Materia medica of Madras volume I
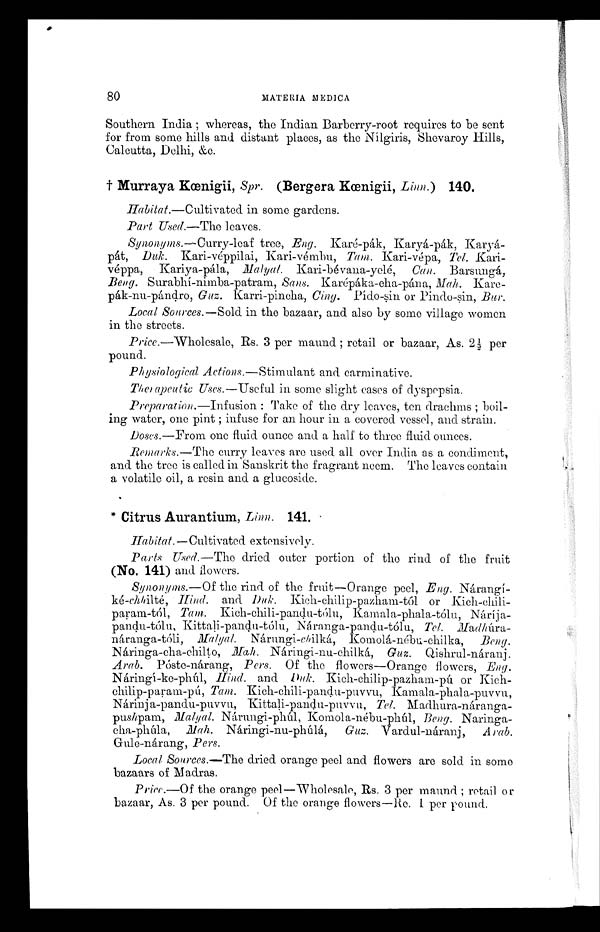
80
MATERIA MIEDICA
Southern India; whereas, the Indian Barberry-root requires to be sent
for from some hills and distant places, as the Nílgiris, Shevaroy
Hills, Calcutta, Delhi, &c.
† Murraya Kœnigii, Spr. (Bergera Kœnigii, Linn.) 140.
Habitat. —Cultivated in some gardens.
Part Used. —The leaves.
Synonyms .—Curry-leaf tree, Eng. Karé-pák, Karyá-pák, Karyá-
pát, Duk. Kari-véppilai, Kari-vémbu, Tam. Kari-vépa, Tel. Kari-
véppa, Kari ya-pál a,M a l y a l
. K a r i - b é v a n a - y e l é ,
C a n .
Barsungá,
Beng
. Surabhí-nimba-patram, Sans. Karépáka-cha-pána, Mah. Kare-
pák-nu-pándro, Guz. Karri-pincha, Cing. Pído-sin or Pindo-sin, Bur.
Local Sources. —Sold in the bazaar, and also by some village women
in the streets.
Price .—Wholesale, Rs. 3 per maund; retail or bazaar, As. 2½ per
pound.
Physiological Actions.—Stimulant and carminative.
Therapeutic Uses .—Useful in some slight cases of dyspepsia.
Preparation.—Infusion: Take of the dry leaves, ten drachms; boil-
ing water, one pint; infuse for an hour in a covered vessel, and strain.
Doses .—From one fluid ounce and a half to three fluid ounces.
Remarks. —The curry leaves are used all over India as a condiment,
and the tree is called in Sanskrit the fragrant neem. The leaves contain
a volatile oil, a resin and a glucoside.
* Citrus Aurantium, Linn. 141.
Habitat. —Cultivated extensively.
Parts Used. —The dried outer portion of the rind of the fruit
(No. 141) and flowers.
Synonyms. —Of the rind of the fruit—Orange peel, Eng. Nárangí-
ké-chh ilté, Hind. and Duk. Kich-chilip-pazham-tól or Kich-chili-
param-tól, Tam. Kich-chili-pandu-tólu, Kamala-phala-tólu, Náríja-
pandu-tólu, Kittali-pandu-tólu, Náranga-pandu-tólu, Tel. Madhúra-
náranga-tóli, Malyal. Nárungi- chilká, Komolá-nébu-chilka, Beng.
Náringa-cha-chilto, Mah. Náringi-nu-chilká, Guz. Qishrul-náranj.
Arab. Póste-nárang, Pers. Of the flowers—Orange flowers, Eng.
Náringí-ke-phúl, Hind. and Duk. Kich-chilip-pazham-pú or Kich-
chilip-param-pú, Tam. Kich-chili-pandu-puvvu, Kamala-phala-puvvu,
Nárinja-pandu-puvvu, Kittali-pandu-puvva, Tel. Madhura-náranga-
pushpam, Malyal. Nárungi-phúl, Komola-nébu-phúl, Beng. Naringa-
cha-phúla, Mah.
Náringi-nu-phúlá, Guz. Vardul-náranj, Arab.
Gule-nárang, Pers.
Local Sources. —The dried orange peel and flowers are sold in some
bazaars of Madras.
Price.—Of the orange peel—Wholesale, Rs. 3 per maund; retail or
bazaar, As. 3 per pound. Of the orange flowers—Re. 1 per pound.